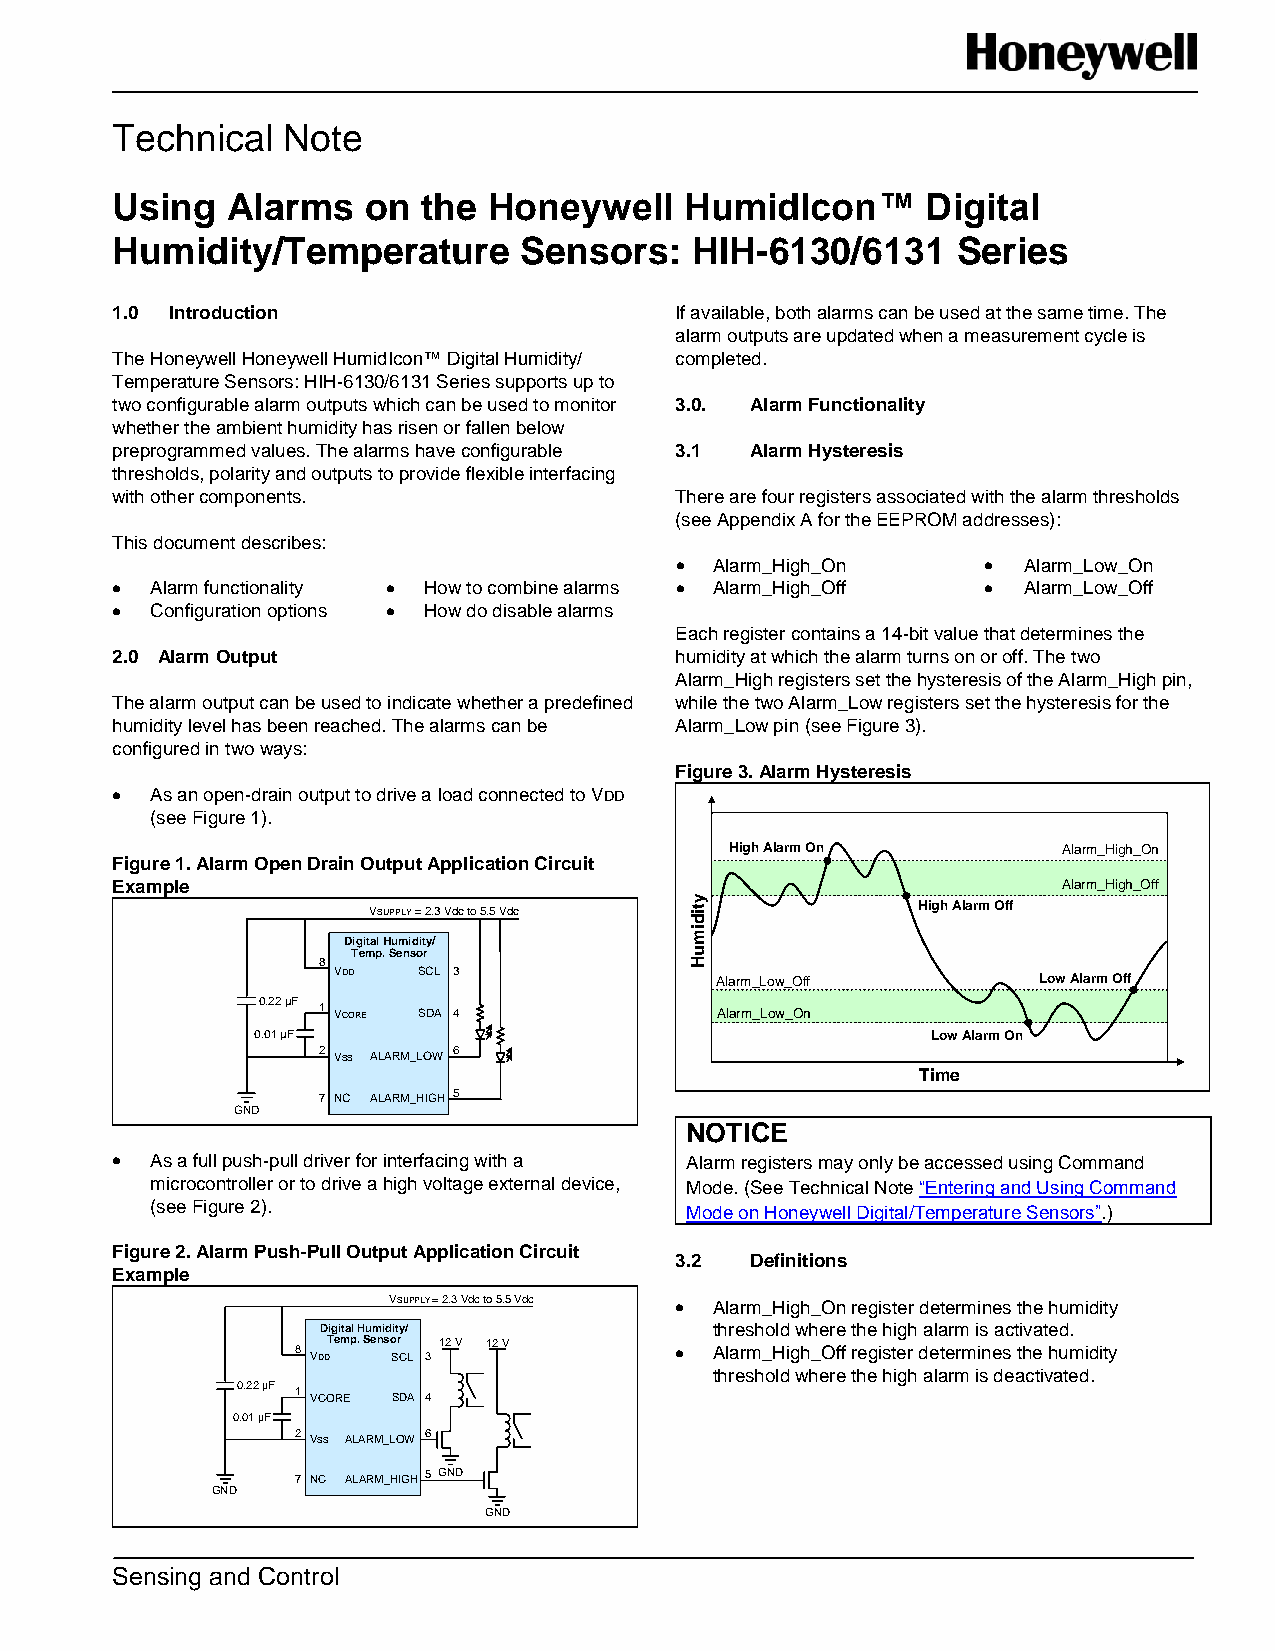
Technical   Note
 Using   Alarms   on  the Honeywell    HumidIcon™      Digital
 Humidity/Temperature       Sensors:    HIH-6130/6131    Series
 1.0 Introduction                      If available, both alarms can be used at the same time. The
 alarm outputs are updated when a measurement cycle is
 The Honeywell Honeywell HumidIcon™ Digital Humidity/ completed.
 Temperature Sensors: HIH-6130/6131 Series supports up to
 two configurable alarm outputs which can be used to monitor 3.0. Alarm Functionality
 whether the ambient humidity has risen or fallen below
 preprogrammed values. The alarms have configurable 3.1 Alarm Hysteresis
 thresholds, polarity and outputs to provide flexible interfacing
 with other components.                There are four registers associated with the alarm thresholds
 (see Appendix A for the EEPROM addresses):
 This document describes:
 Alarm_High_On        Alarm_Low_On
 Alarm functionality How to combine alarms Alarm_High_Off  Alarm_Low_Off
 Configuration options How do disable alarms
 Each register contains a 14-bit value that determines the
 2.0 Alarm Output                      humidity at which the alarm turns on or off. The two
 Alarm_High registers set the hysteresis of the Alarm_High pin,
 The alarm output can be used to indicate whether a predefined while the two Alarm_Low registers set the hysteresis for the
 humidity level has been reached. The alarms can be Alarm_Low pin (see Figure 3).
 configured in two ways:
 Figure 3. Alarm Hysteresis
 As an open-drain output to drive a load connected to VDD
 (see Figure 1).
 High Alarm On         Alarm_High_On
 Figure 1. Alarm Open Drain Output Application Circuit
 Example                                                        Alarm_High_Off
 VSUPPLY = 2.3 Vdc to 5.5 Vdc         High Alarm Off
 Digital Humidity/
 Temp. Sensor
 8
 VDD   SCL 3
 Alarm_Low_Off         Low Alarm Off
 0.22 µF 1 VCORE SDA 4         Alarm_Low_On
 0.01 µF                                      Low Alarm On
 2 VSS ALARM_LOW 6
 Time
 7 NC ALARM_HIGH 5
 GND
 NOTICE
 As a full push-pull driver for interfacing with a Alarm registers may only be accessed using Command
 microcontroller or to drive a high voltage external device, Mode. (See Technical Note “Entering and Using Command
 (see Figure 2).
 Mode on Honeywell Digital/Temperature Sensors”.)
 Figure 2. Alarm Push-Pull Output Application Circuit
 3.2  Definitions
 Example
 VSUPPLY = 2.3 Vdc to 5.5 Vdc Alarm_High_On register determines the humidity
 Digital Humidity/         threshold where the high alarm is activated.
 8 Temp. Sensor 12 V 12 V   Alarm_High_Off register determines the humidity
 VDD  SCL 3
 threshold where the high alarm is deactivated.
 0.22 µF 1
 VCORE SDA 4
 0.01 µF
 2 VSS ALARM_LOW 6
 7 NC ALARM_HIGH 5 GND
 GND
 GND
 Sensing and Control
 ytidimuH